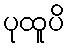
ပုထူပိ